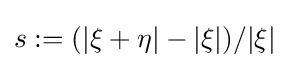
s:=(|{\bf {\xi }}+{\bf {\eta }}|-|{\bf {\xi }}|)/|{\bf {\xi }}|